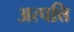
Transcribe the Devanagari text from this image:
अत्पत्ति